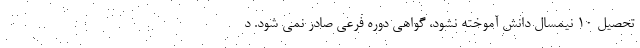
تحصیل ۱۰ نیمسال دانش آموخته نشود، گواهی دوره فرعی صادر نمی شود. د